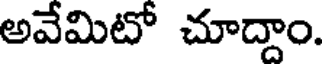
అవేమిటో చూద్దాం.